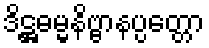
ဒိဋ္ဌဓမ္မနိဗ္ဗာနပ္ပတ္တော